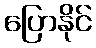
ပြောနိုင်